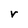
Character: r